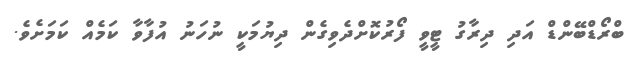
ބްރޯޑްބޭންޑް އަދި ދިރާގު ޓީވީ ފޯރުކޮށްދެވިގެން ދިޔުމަކީ ނުހަނު އުފާވާ ކަމެއް ކަމަށެވެ.